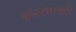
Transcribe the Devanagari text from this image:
हास्यासाठी